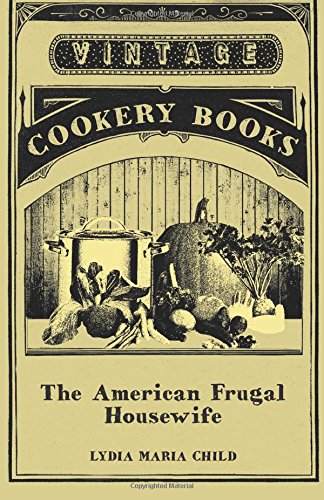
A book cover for The American Frugal Housewife; Lydia Maria Child; Cookbooks, Food & Wine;